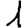
Digit: 1